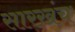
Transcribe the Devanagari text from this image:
सारखंच